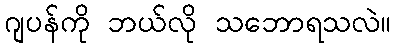
ဂျပန်ကို ဘယ်လို သဘောရသလဲ။